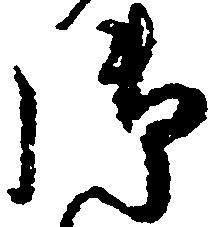
御